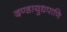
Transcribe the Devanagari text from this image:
दण्डायुधपाणि